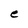
Character: e